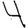
Digit: 4